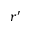
r ^ { \prime }